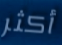
أكثر